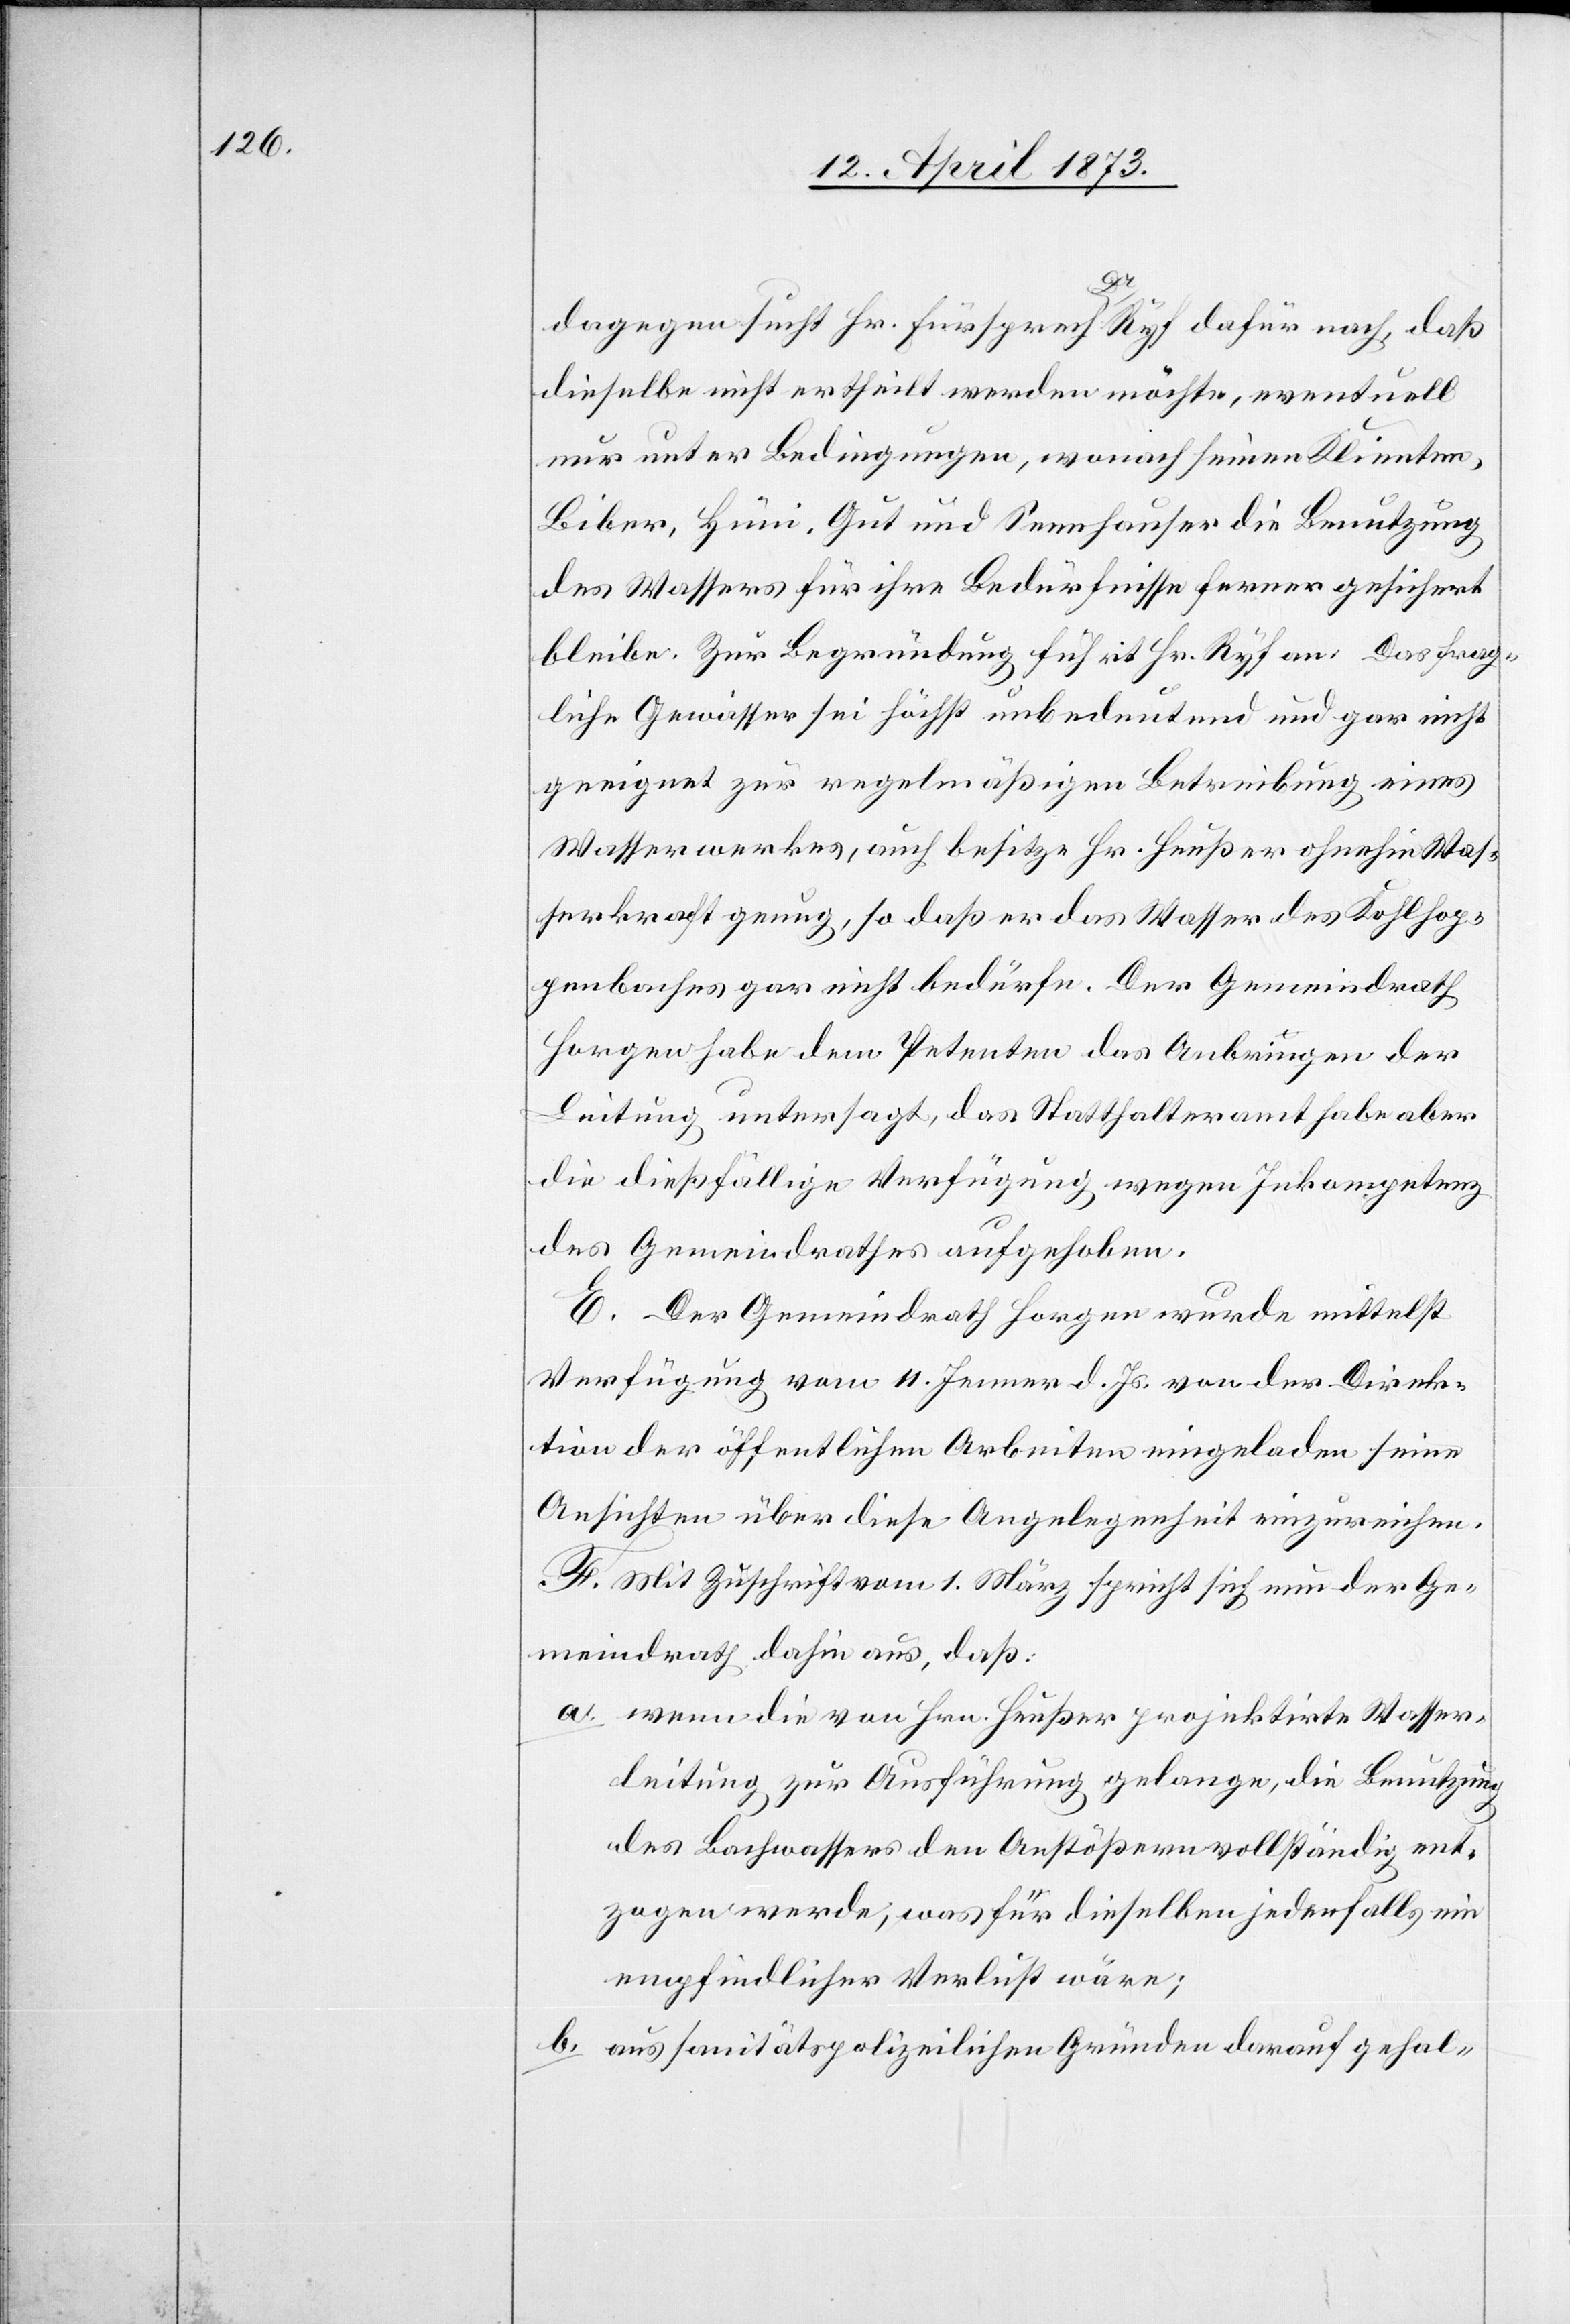
al¬
dagegen sucht Hr. Fürsprech Dr Ryf dafür nach, daß
dieselbe nicht ertheilt werden möchte, eventuell
nur unter Bedingungen, wonach seinen Klienten,
Biber, Hüni, Gut und Sennhauser die Benutzung
des Wassers für ihre Bedürfnisse ferner gesichert
bleiben. Zur Begründung führt Hr. Ryf an: Das frag¬
liche Gewässer sei höchst unbedeutend und gar nicht
geeignet zur regelmäßigen Betreibung eines
Wasserwerkes, auch besitze Hr. Heußer ohnehin Was¬
serkraft genug, so daß er das Wasser des Kohlhop¬
penbaches gar nicht bedürfe. Der Gemeindrath
Horgen habe dem Petenten das Anbringen der
Leitung untersagt, das Statthalteramt habe aber
die dießfällige Verfügung wegen Inkompetenz
des Gemeindrathes aufgehoben.
E. Der Gemeindrath Horgen wurde mittelst
Verfügung vom 11. Jenner d. Js. von der Direk¬
tion der öffentlichen Arbeiten eingeladen seine
Ansichten über diese Angelegenheit einzureichen.
F. Mit Zuschrift vom 1. März spricht sich nun der Ge¬
meindrath dafür aus, daß:
a. wenn die von Hrn. Heußer projektirte Wasser¬
leitung zur Ausführung gelange, die Benutzung
les Bachwassers den Anstößern vollständig ent¬
zogen werde, was für dieselben jedenfalls ein
empfindlicher Verlust wäre;
b. aus sanitätspolizeilichen Gründen darauf gehal-